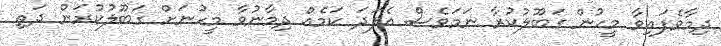
ދިމާވެފައިވާ މީހުން ގަބޫލުކުރާ ނަމަވެސް އެފަދަ ކަމެއް ދިމާނުވާ މީހުނަށް ގަބޫލުކުރަން ދަތި